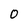
Character: 0